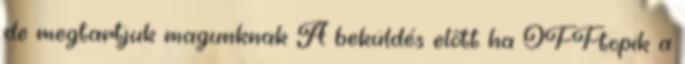
de megtartjuk magunknak A beküldés előtt ha OFFtopik a